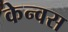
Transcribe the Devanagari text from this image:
केन्वस